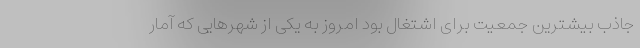
جاذب بیشترین جمعیت برای اشتغال بود امروز به یکی از شهرهایی که آمار